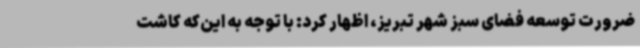
ضرورت توسعه فضای سبز شهر تبریز، اظهار کرد: با توجه به این‌که کاشت